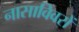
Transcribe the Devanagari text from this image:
नासाविवरों